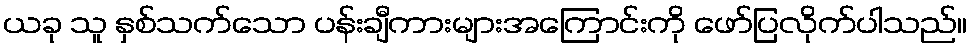
ယခု သူ နှစ်သက်သော ပန်းချီကားများအကြောင်းကို ဖော်ပြလိုက်ပါသည်။